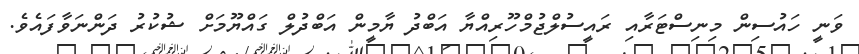
ވަނީ ހައުސިން މިނިސްޓަރާއި ރައީސުލްޖުމްހޫރިއްޔާ އަބްދު ޔާމީން އަބްދުލް ގައްޔޫމަށް ޝުކުރު ދަންނަވާފައެވެ.